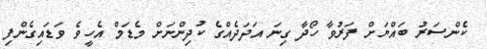
ކެންސަރު ބައްޔަށް ފަރުވާ ހޯދާ ގިނަ އަދަދެއްގެ ކުދިންނަށް މެޑަމް އެހީވެ ވަޑައިގެންފި